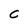
Character: C